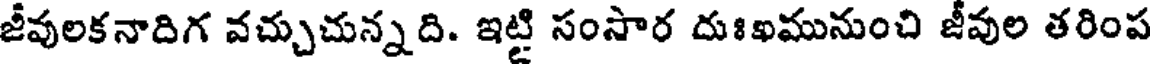
జీవులకనాదిగ వచ్చుచున్నది. ఇట్టి సంసార దుఃఖమునుంచి జీవుల తరింప